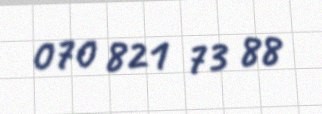
070 821 73 88